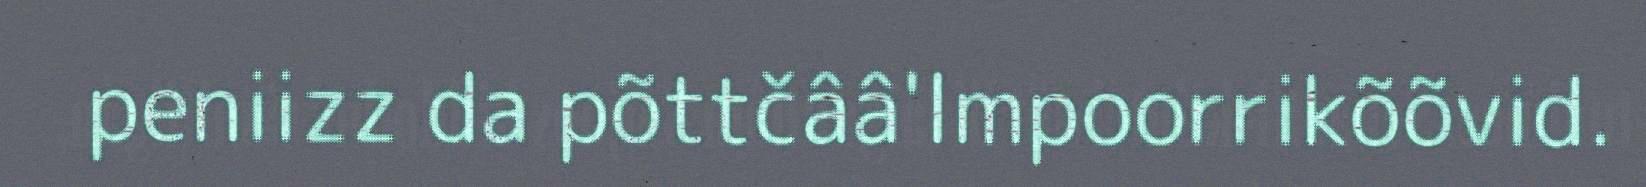
peniizz da põttčââ'lmpoorrikõõvid.